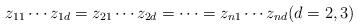
LaTeX: \begin{align*}z_{11}\cdots z_{1d}=z_{21}\cdots z_{2d}=\cdots =z_{n1}\cdots z_{nd}(d=2,3)\end{align*}